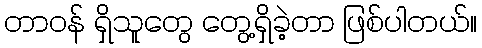
တာဝန် ရှိသူတွေ တွေ့ရှိခဲ့တာ ဖြစ်ပါတယ်။